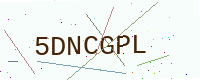
Text: 5DNCGPL